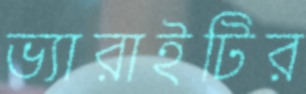
ভ্যারাইটির